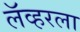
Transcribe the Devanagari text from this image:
लॅव्हरला